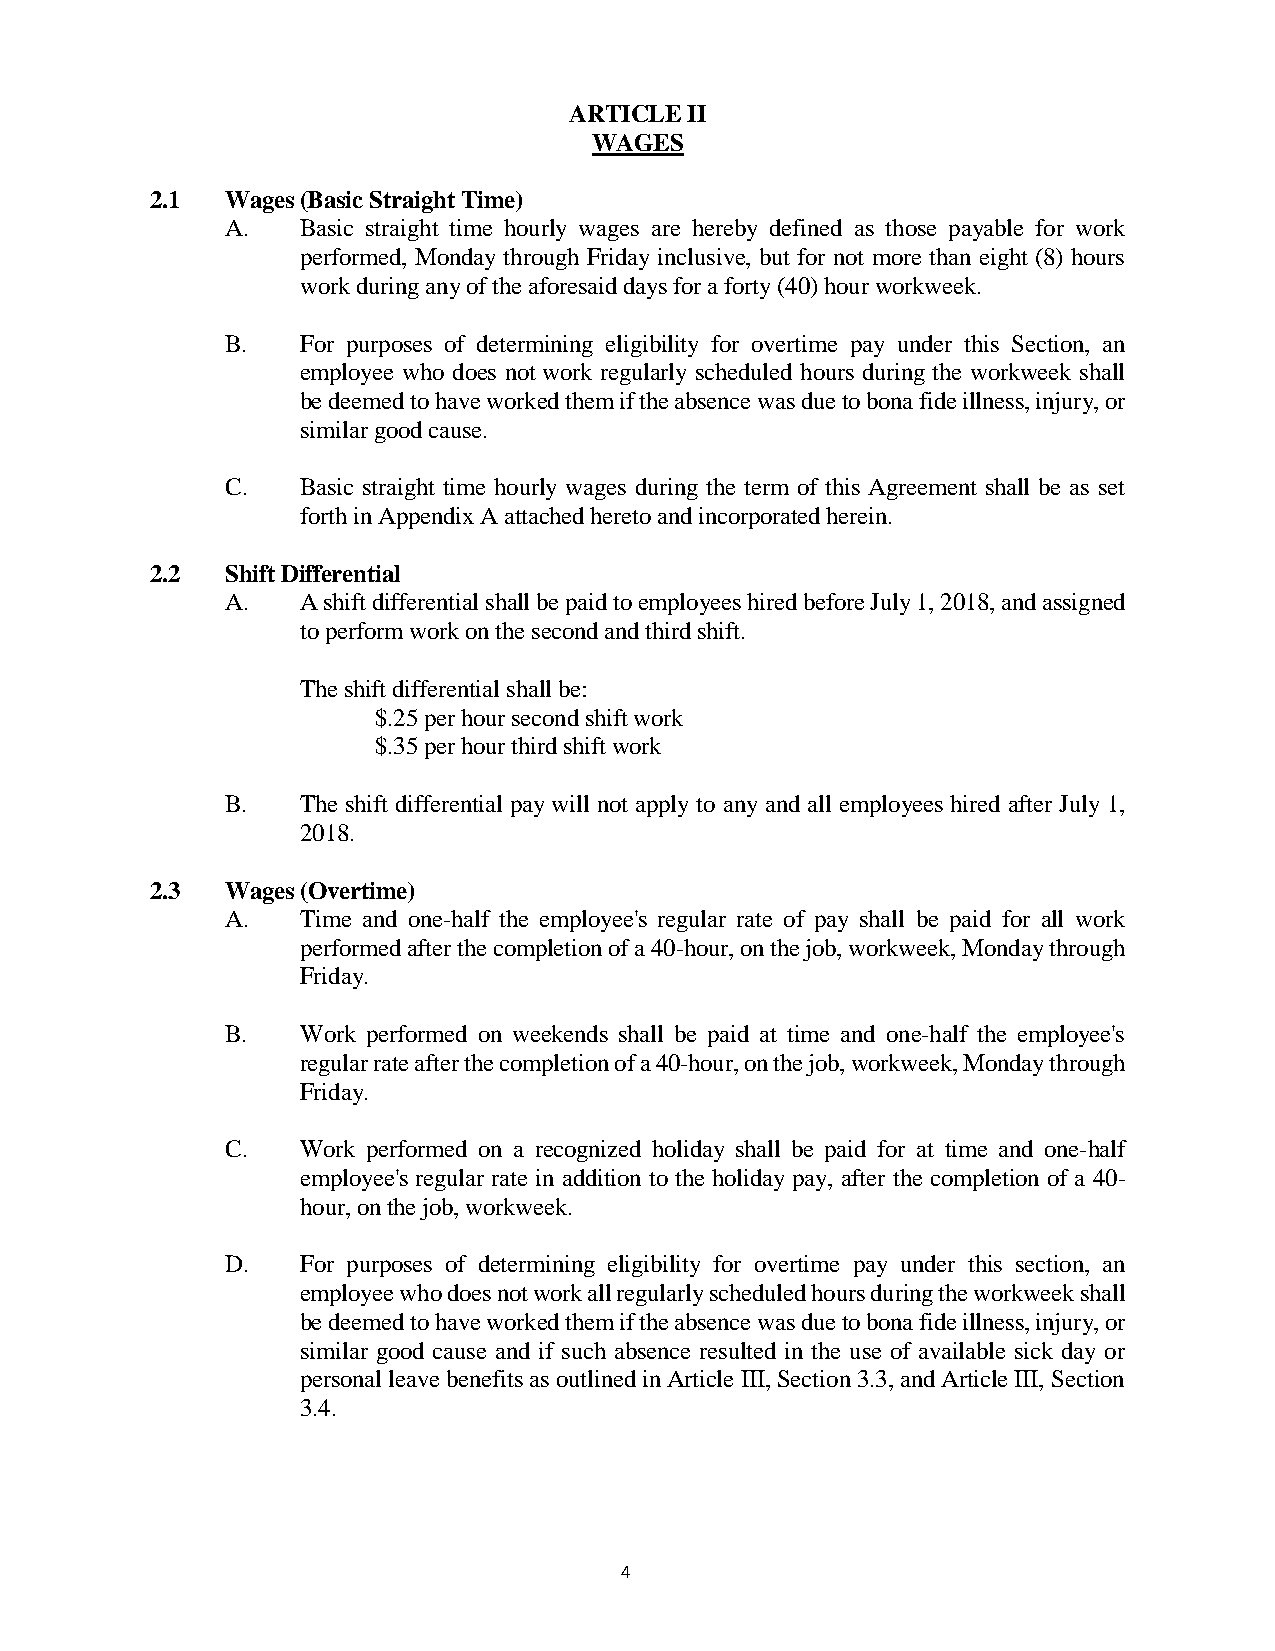
ARTICLE II
 WAGES
 2.1  Wages (Basic Straight Time)
 A.   Basic straight time hourly wages are hereby defined as those payable for work
 performed, Monday through Friday inclusive, but for not more than eight (8) hours
 work during any of the aforesaid days for a forty (40) hour workweek.
 B.   For purposes of determining eligibility for overtime pay under this Section, an
 employee who does not work regularly scheduled hours during the workweek shall
 be deemed to have worked them if the absence was due to bona fide illness, injury, or
 similar good cause.
 C.   Basic straight time hourly wages during the term of this Agreement shall be as set
 forth in Appendix A attached hereto and incorporated herein.
 2.2  Shift Differential
 A.   A shift differential shall be paid to employees hired before July 1, 2018, and assigned
 to perform work on the second and third shift.
 The shift differential shall be:
 $.25 per hour second shift work
 $.35 per hour third shift work
 B.   The shift differential pay will not apply to any and all employees hired after July 1,
 2018.
 2.3  Wages (Overtime)
 A.   Time and one-half the employee's regular rate of pay shall be paid for all work
 performed after the completion of a 40-hour, on the job, workweek, Monday through
 Friday.
 B.   Work performed on weekends shall be paid at time and one-half the employee's
 regular rate after the completion of a 40-hour, on the job, workweek, Monday through
 Friday.
 C.   Work performed on a recognized holiday shall be paid for at time and one-half
 employee's regular rate in addition to the holiday pay, after the completion of a 40-
 hour, on the job, workweek.
 D.   For purposes of determining eligibility for overtime pay under this section, an
 employee who does not work all regularly scheduled hours during the workweek shall
 be deemed to have worked them if the absence was due to bona fide illness, injury, or
 similar good cause and if such absence resulted in the use of available sick day or
 personal leave benefits as outlined in Article III, Section 3.3, and Article III, Section
 3.4.
 4